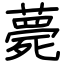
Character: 薨